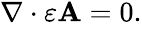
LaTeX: \begin{array}{r}{\nabla\cdot\varepsilon\mathbf{A}=0.}\end{array}